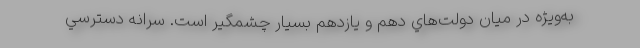
به‌ويژه در ميان دولت‌هاي دهم و يازدهم بسيار چشمگير است. سرانه دسترسي